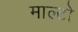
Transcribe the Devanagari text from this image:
माल्टो